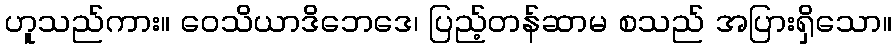
ဟူသည်ကား။ ဝေသိယာဒိဘေဒေ၊ ပြည့်တန်ဆာမ စသည် အပြားရှိသော။